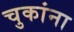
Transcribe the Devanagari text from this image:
चुकांना